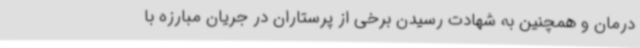
درمان و همچنین به شهادت رسیدن برخی از پرستاران در جریان مبارزه با